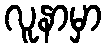
လူနာမှာ